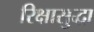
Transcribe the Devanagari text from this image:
रिक्षासुद्धा